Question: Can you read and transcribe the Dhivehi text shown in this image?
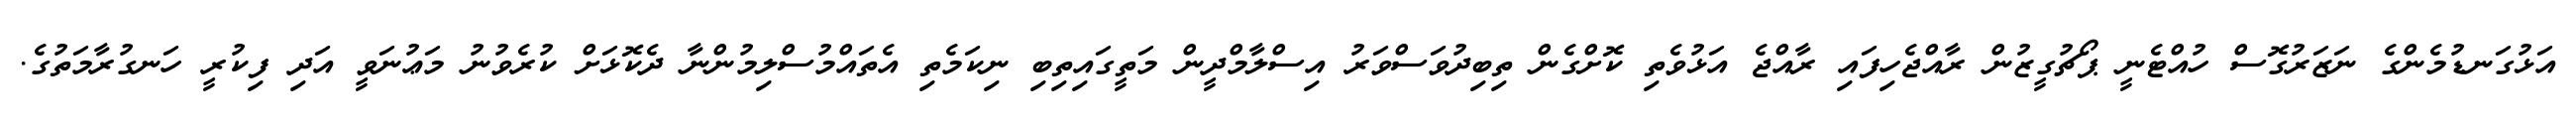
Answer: އަޅުގަނޑުމެންގެ ނަޒަރުގޮސް ހުއްޓެނީ ޕޯޗުގީޒުން ރާއްޖެހިފައި ރާއްޖެ އަޅުވެތި ކޮށްގެން ތިބިދުވަސްވަރު އިސްލާމްދީން މަތީގައިތިބި ނިކަމެތި އެތައްމުސްލިމުންނާ ދެކޮޅަށް ކުރެވުނު މަޢުނަވީ އަދި ފިކުރީ ހަނގުރާމަތުގެ.